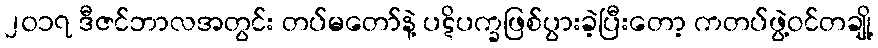
၂၀၁၇ ဒီဇင်ဘာလအတွင်း တပ်မတော်နဲ့ ပဋိပက္ခဖြစ်ပွားခဲ့ပြီးတော့ ကတပ်ဖွဲ့ဝင်တချို့